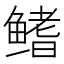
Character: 鳍